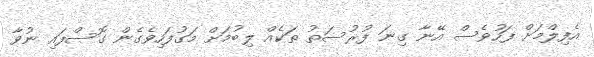
އެފިލްމަށް ފަހުވެސް އޭނާ ގިނަ ފުރުސަތު ތަކެއް ލިބުމަށް މަގުފަހިވެގެން ގޮސްފައި ނުވާ